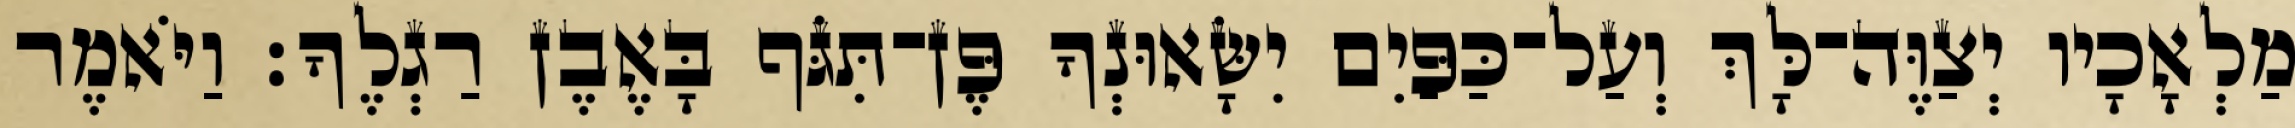
מַלְאָכָיו יְצַוֶּה־לָּךְ וְעַל־כַּפַּיִם יִשָּׂאוּנְךָ פֶּן־תִּגֹּף בָּאֶבֶן רַגְלֶךָ׃ וַיֹּאמֶר